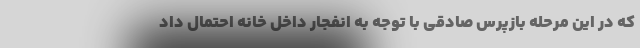
که در این مرحله بازپرس صادقی با توجه به انفجار داخل خانه احتمال داد